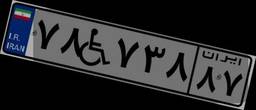
۵۰W۹۱۱۰۳